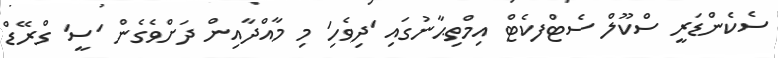
ސެކެންޑަރީ ސްކޫލް ސެޓްފކެޓް އިމްތިޙާނުގައި 'ދިވެހި' މި މާއްދާއިން ދަށްވެގެން 'ސީ' ގްރޭޑް